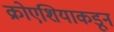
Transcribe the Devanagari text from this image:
क्रोएशियाकडून